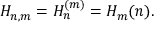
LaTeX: H _ { n , m } = H _ { n } ^ { ( m ) } = H _ { m } ( n ) .